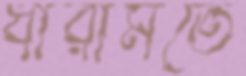
ধারামতে